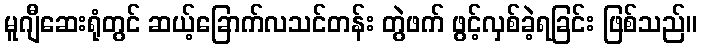
မူဂျီဆေးရုံတွင် ဆယ့်ခြောက်လသင်တန်း တွဲဖက် ဖွင့်လှစ်ခဲ့ရခြင်း ဖြစ်သည်။